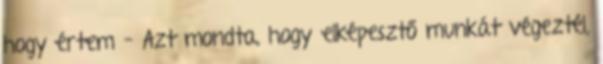
hogy értem – Azt mondta, hogy elképesztő munkát végeztél,